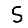
Digit: 5